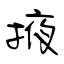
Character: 掖